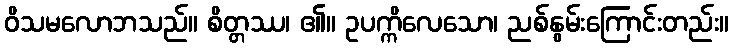
ဝိသမလောဘသည်။ စိတ္တဿ၊ ၏။ ဥပက္ကိလေသော၊ ညစ်နွမ်းကြောင်းတည်း။